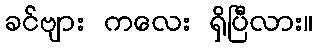
ခင်ဗျား ကလေး ရှိပြီလား။